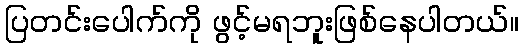
ပြတင်းပေါက်ကို ဖွင့်မရဘူးဖြစ်နေပါတယ်။